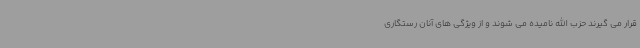
قرار می گیرند حزب الله نامیده می شوند و از ویژگی های آنان رستگاری